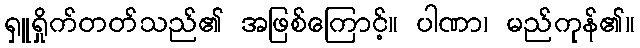
ရှူရှိုက်တတ်သည်၏ အဖြစ်ကြောင့်။ ပါဏာ၊ မည်ကုန်၏။